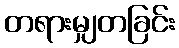
တရားမျှတခြင်း